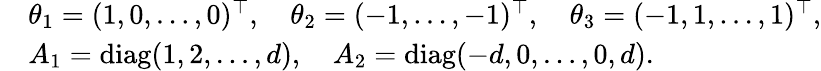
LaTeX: \begin{array}{rl}&{\theta_{1}=(1,0,\ldots,0)^{\top},\quad\theta_{2}=(-1,\ldots,-1)^{\top},\quad\theta_{3}=(-1,1,\ldots,1)^{\top},}\\ &{A_{1}=\mathrm{diag}(1,2,\ldots,d),\quad A_{2}=\mathrm{diag}(-d,0,\ldots,0,d).}\end{array}